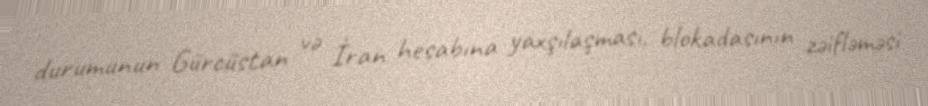
durumunun Gürcüstan və İran hesabına yaxşılaşması, blokadasının zəifləməsi